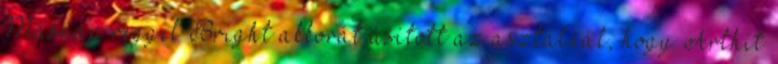
Másnap reggel Bright akkorát ásított az asztalnál, hogy Arthit